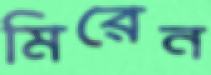
মিরেন